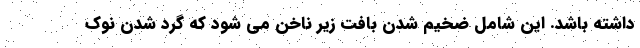
داشته باشد. این شامل ضخیم شدن بافت زیر ناخن می شود که گرد شدن نوک